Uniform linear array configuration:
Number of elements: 12
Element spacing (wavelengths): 0.75
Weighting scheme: exponential
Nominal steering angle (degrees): -45
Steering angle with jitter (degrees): -45.789
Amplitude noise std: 0.05
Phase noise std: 0.05

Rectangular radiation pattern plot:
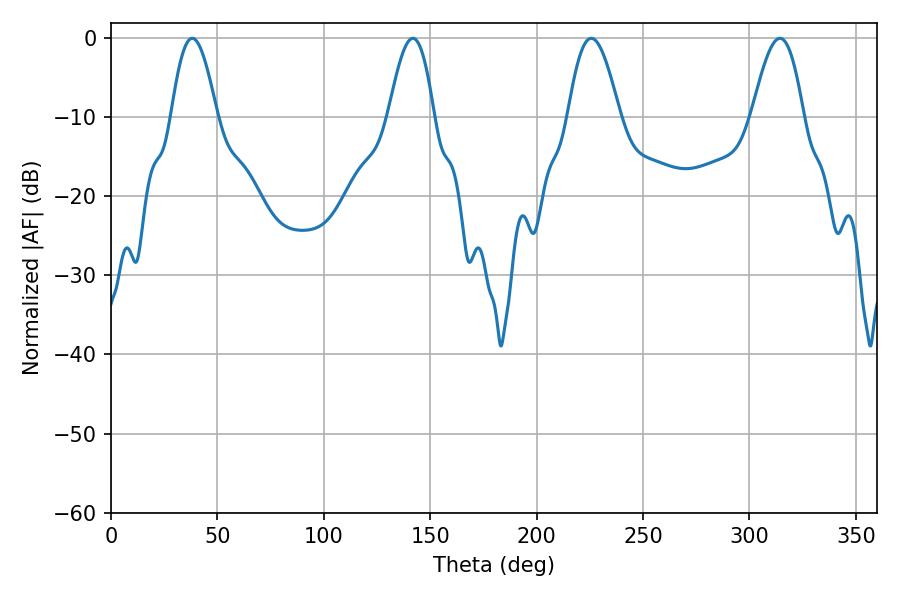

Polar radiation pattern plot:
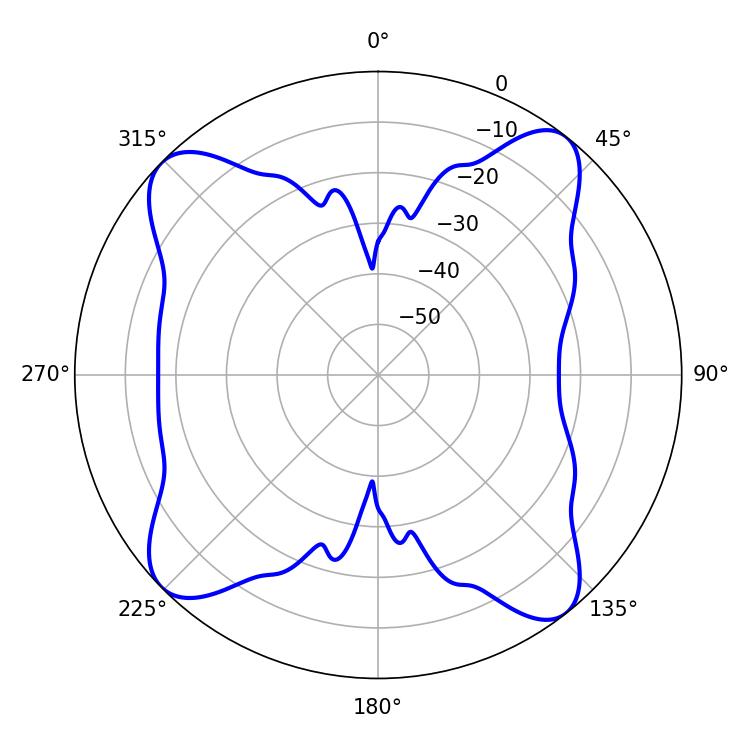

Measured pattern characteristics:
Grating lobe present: TRUE
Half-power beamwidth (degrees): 11.7
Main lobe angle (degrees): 38.16